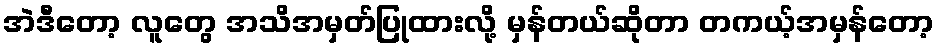
အဲဒီတော့ လူတွေ အသိအမှတ်ပြုထားလို့ မှန်တယ်ဆိုတာ တကယ့်အမှန်တော့